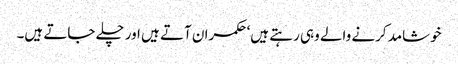
خوشامد کرنے والے وہی رہتے ہیں‘ حکمران آتے ہیں اور چلے جاتے ہیں۔